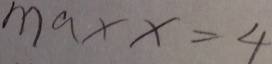
m a x x = 4